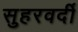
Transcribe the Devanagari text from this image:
सुहरवर्दी